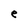
Character: e